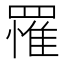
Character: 罹